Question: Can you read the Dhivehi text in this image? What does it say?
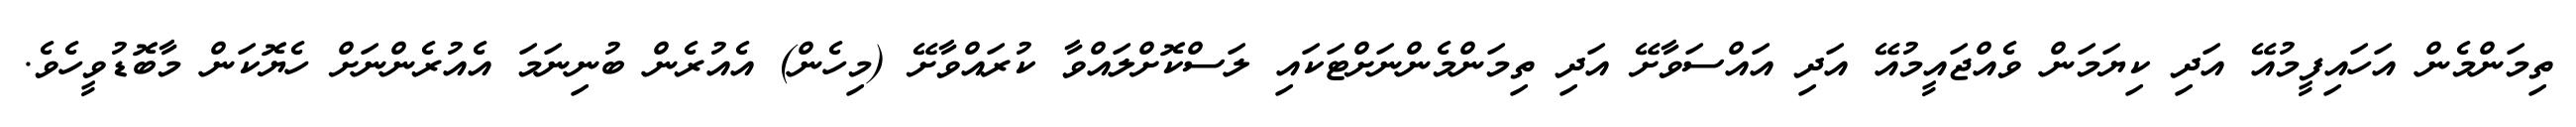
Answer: ތިމަންމެން އަހައިފީމުއޭ އަދި ކިޔަމަން ވެއްޖައީމުއޭ އަދި އައްސަވާށޭ އަދި ތިމަންމެންނަށްޓަކައި ލަސްކޮށްލައްވާ ކުރައްވާށޭ (މިހެން) އެއުރެން ބުނިނަމަ އެއުރެންނަށް ހެޔޮކަން މާބޮޑުވީހެވެ.